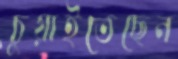
চুয়াইতেছেন